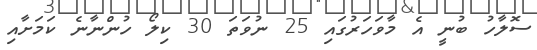
ސޮލާހު ބުނީ އެ މާވަހަރުގައި 25 ނުވަތަ 30 ކިލޯ ހުންނާނެ ކަމަށާއި